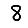
Digit: 8